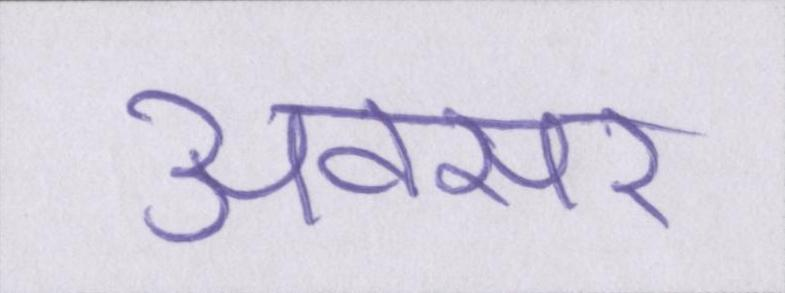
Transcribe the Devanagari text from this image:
अवसर